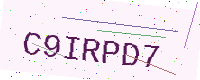
Text: C9IRPD7